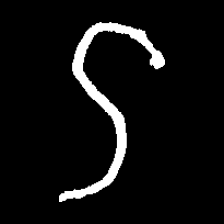
Pyu character \u2014 Myanmar letter: ဌ (romanized: ttha)